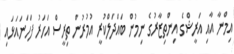
އިމްނާ އާއި އަރީޝްގެ އިންތިޒާރުގެ ނިމުން ބައްދަލްކުރީ އުމުރުން ތިރީސް އަހަރު ފަހަނައަޅައި